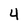
Character: 4